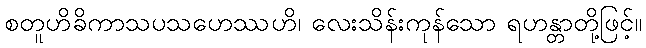
စတူဟိခိကာသပသဟေဿဟိ၊ လေးသိန်းကုန်သော ရဟန္တာတို့ဖြင့်။